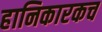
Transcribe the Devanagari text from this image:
हानिकारकच